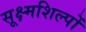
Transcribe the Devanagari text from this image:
सूक्ष्मशिल्पों